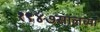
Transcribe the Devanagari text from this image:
१९४७सालच्या